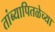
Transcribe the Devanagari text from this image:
तांब्यापितळेच्या